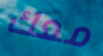
معك